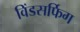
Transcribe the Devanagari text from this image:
विंडसर्फिग